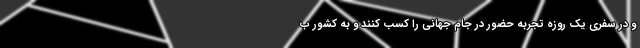
و در سفری یک روزه تجربه حضور در جام جهانی را کسب کنند و به کشور ب